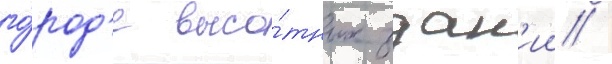
го́род'е высо́тных здан'ии /